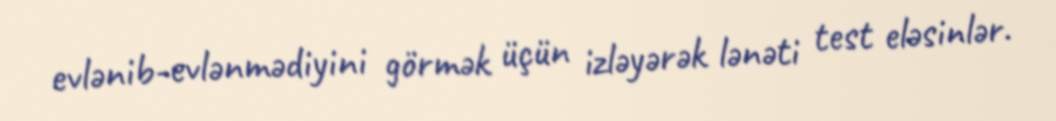
evlənib-evlənmədiyini görmək üçün izləyərək lənəti test eləsinlər.